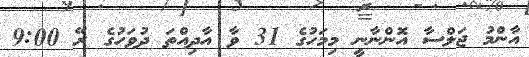
އާންމު ޖަލްސާ އޮންނާނީ މިމަހުގެ 31 ވާ އާދިއްތަ ދުވަހުގެ ރޭ 9:00